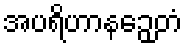
အပရိဟာနဉှေတံ